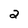
Character: 2